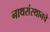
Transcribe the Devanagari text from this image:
नाथसंस्थानचे